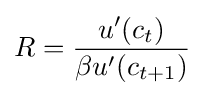
R={\frac {u'(c_{t})}{\beta u'(c_{t+1})}}